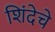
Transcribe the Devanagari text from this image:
शिंदेचे